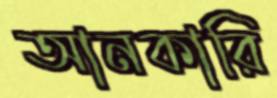
আনকারি